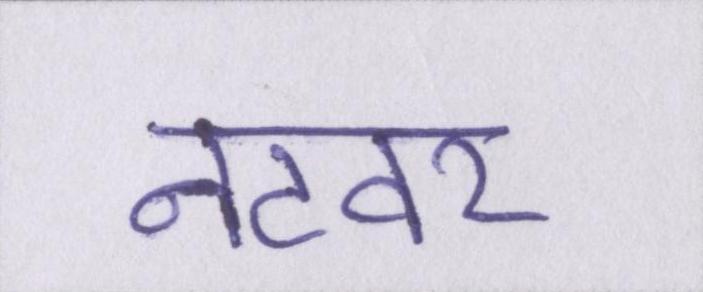
नटवर